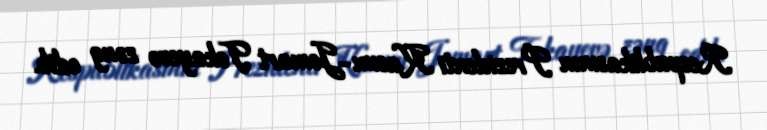
Respublikasının Prezidenti Kasım-Jomart Tokayevə zəng edib.